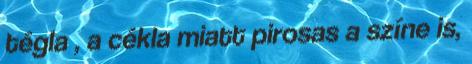
tégla , a cékla miatt pirosas a színe is,